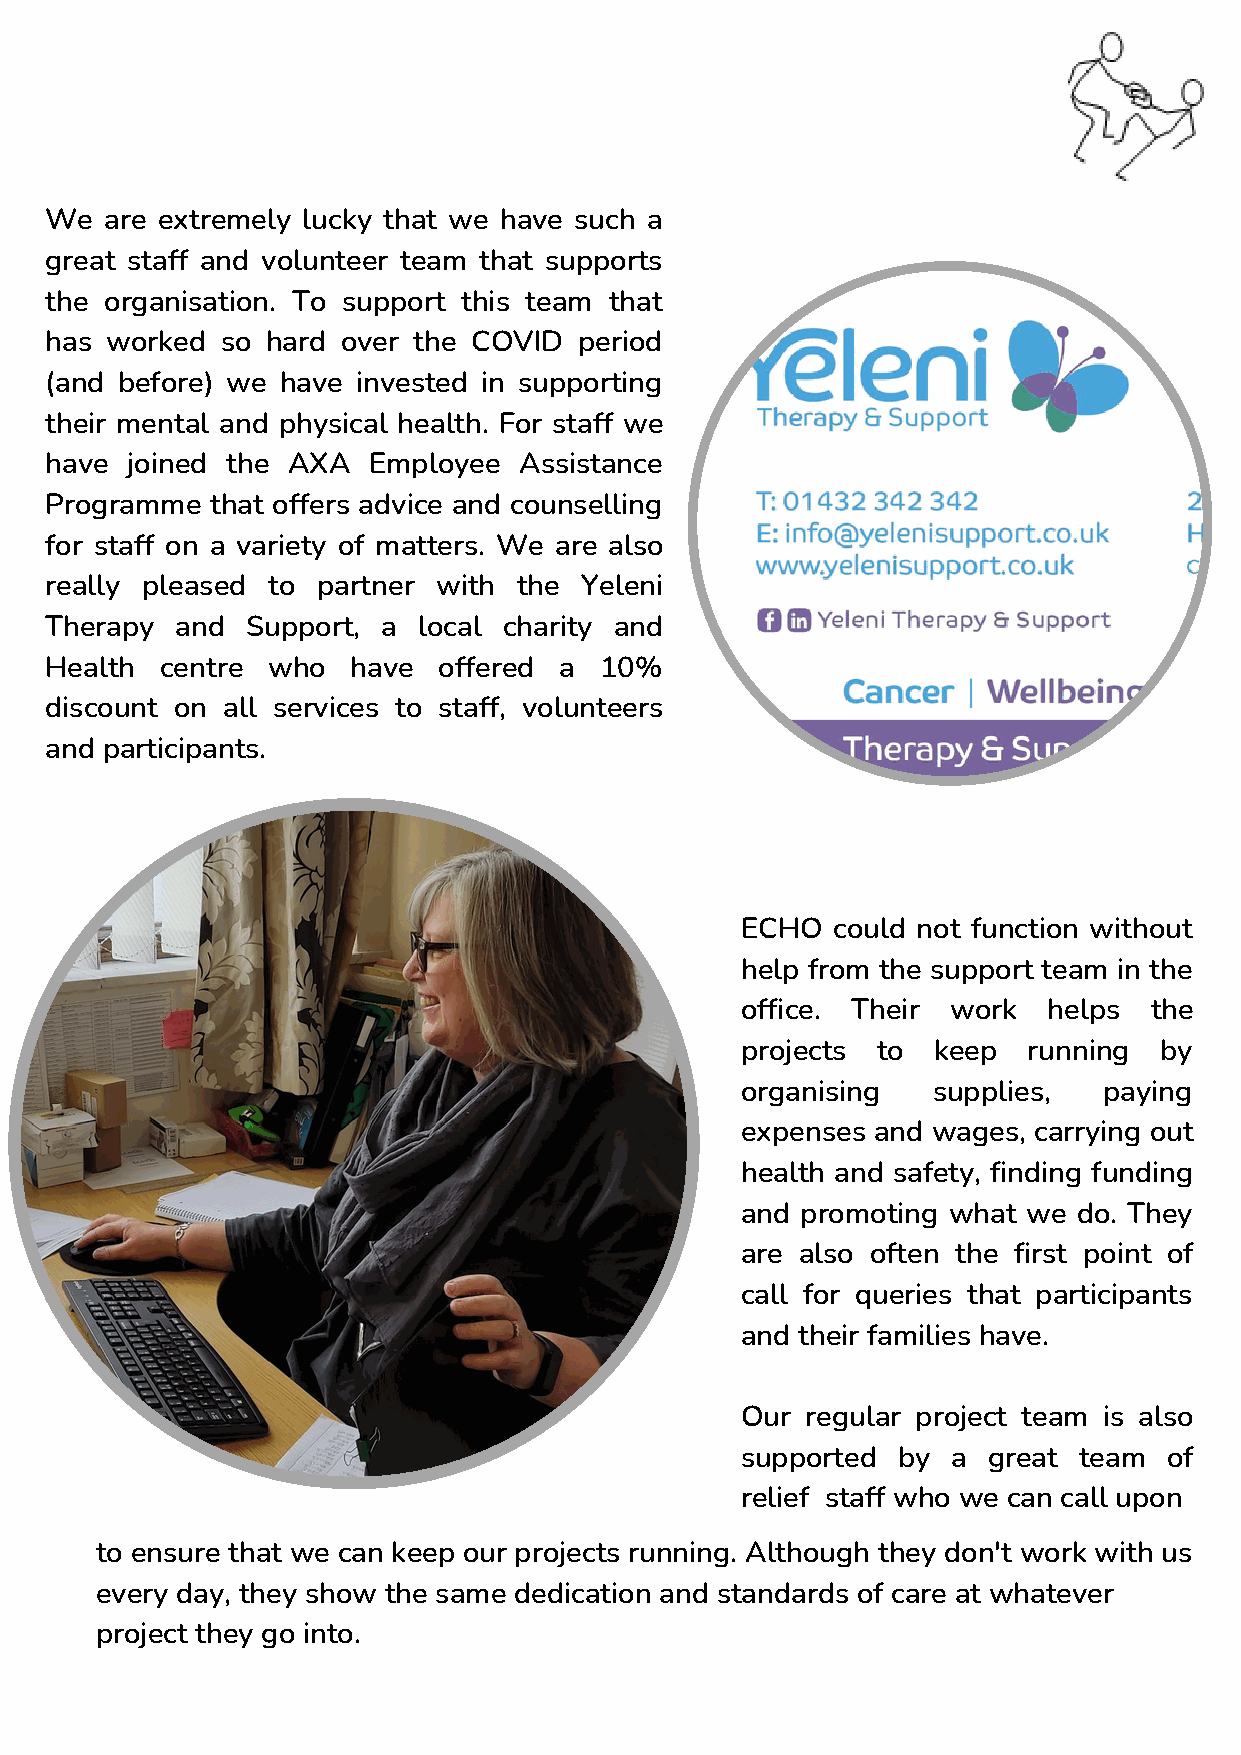
We  are extremely lucky that we have such a
 great staff and volunteer team that supports
 the organisation. To support this team that
 has worked  so hard over the COVID period
 (and before) we have invested in supporting
 their mental and physical health. For staff we
 have joined the AXA  Employee  Assistance
 Programme  that offers advice and counselling
 for staff on a variety of matters. We are also
 really pleased to partner with the Yeleni
 Therapy  and Support, a  local charity and
 Health  centre who  have  offered a  10%
 discount on all services to staff, volunteers
 and participants.
 ECHO  could not function without
 help from the support team in the
 office. Their work  helps  the
 projects to  keep  running  by
 organising   supplies,  paying
 expenses and wages, carrying out
 health and safety, finding funding
 and promoting what we do. They
 are also often the first point of
 call for queries that participants
 and their families have.
 Our regular project team is also
 supported by  a great team  of
 relief staff who we can call upon
 to ensure that we can keep our projects running. Although they don't work with us
 every day, they show the same dedication and standards of care at whatever
 project they go into.